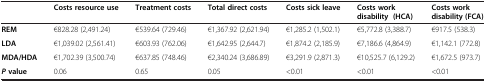
|  | Costs resource use | Treatment costs | Total direct costs | Costs sick leave | Costs work disability (HCA) | Costs work disability (FCA) |
 | --- | --- | --- | --- | --- | --- | --- |
 | REM | €828.28 (2,491.24) | €539.64 (729.46) | €1,367.92 (2,621.94) | €1,285.2 (1,502.1) | €5,772.8 (3,388.7) | €917.5 (538.3) |
 | LDA | €1,039.02 (2,561.41) | €603.93 (762.06) | €1,642.95 (2,644.7) | €1,874.2 (2,185.9) | €7,186.6 (4,864.9) | €1,142.1 (772.8) |
 | MDA/HDA | €1,702.39 (3,500.74) | €637.85 (748.46) | €2,340.24 (3,686.89) | €3,291.9 (2,871.3) | €10,525.7 (6,129.2) | €1,672.5 (973.7) |
 | P value | 0.06 | 0.65 | 0.05 | <0.01 | <0.01 | <0.01 |